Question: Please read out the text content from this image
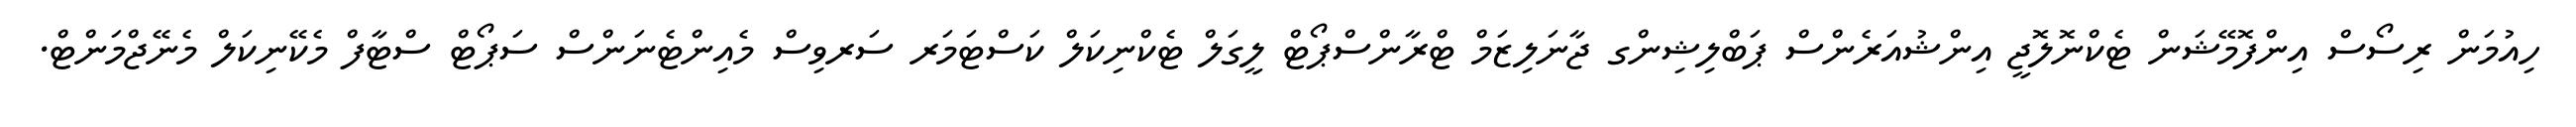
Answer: ހިއުމަން ރިސޯސް އިންފޮމޭޝަން ޓެކްނޮލޮޖީ އިންޝުއަރެންސް ޕަބްލިޝިންގ ޖާނަލިޒަމް ޓްރާންސްޕޯޓް ލީގަލް ޓެކްނިކަލް ކަސްޓަމަރ ސަރވިސް މެއިންޓެނަންސް ސަޕޯޓް ސްޓާފް މެކޭނިކަލް މެނޭޖްމަންޓް.